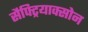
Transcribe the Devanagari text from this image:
सैफ्ट्रियाक्सोन